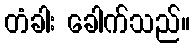
တံခါး ခေါက်သည်။